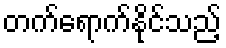
တက်ရောက်နိုင်သည့်